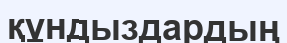
құндыздардың